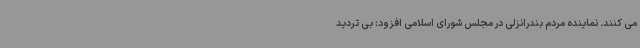
می کنند. نماینده مردم بندرانزلی در مجلس شورای اسلامی افزود: بی تردید